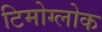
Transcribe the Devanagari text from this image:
टिमोग्लोक